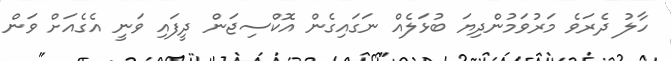
ހާލު ދެރަވެ މަރުވަމުންދިޔަ ބުޅަލެއް ނަގައިގެން އޮކްސިޖަން ދީފައި ވަނީ އެގެއަށް ވަން